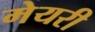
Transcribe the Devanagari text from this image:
मेयरी